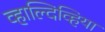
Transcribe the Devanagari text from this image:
व्हाल्दिव्हिया